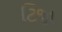
ટિજા